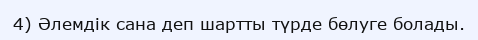
4) Әлемдік сана деп шартты түрде бөлуге болады.